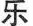
乐